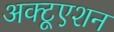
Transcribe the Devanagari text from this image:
अक्टूएशन